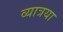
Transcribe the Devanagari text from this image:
व्यात्रया